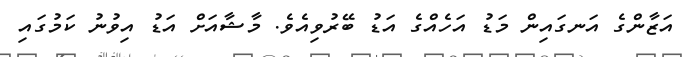
އަޒާންގެ އަނގައިން މަޑު އަހެއްގެ އަޑު ބޭރުވިއެވެ. މާޝާއަށް އަޑު އިވުނު ކަމުގައި